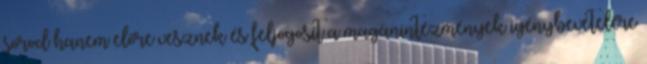
sorod hanem előre vesznek és feljogosít a magánintézmények igénybevételére